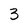
Character: 3